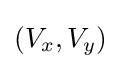
(V_{x},V_{y})